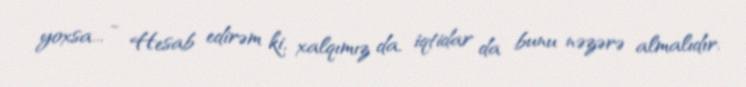
yoxsa... - Hesab edirəm ki, xalqımız da, iqtidar da bunu nəzərə almalıdır.